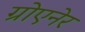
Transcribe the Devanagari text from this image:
ग्रोएनेर